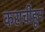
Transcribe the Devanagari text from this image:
कराचीहून